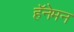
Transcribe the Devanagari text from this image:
हॅनेमन